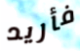
فأريد